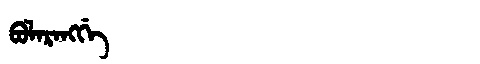
Manchu: ᠪᠣᠯᠠᡵᠠᠩᡤᡝ
Romanization: BOLARANGGE